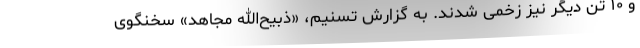
و ۱۰ تن دیگر نیز زخمی شدند. به گزارش تسنیم، «ذبیح‌الله مجاهد» سخنگوی